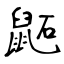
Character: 鼫